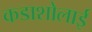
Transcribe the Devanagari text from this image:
कडाशोलाई